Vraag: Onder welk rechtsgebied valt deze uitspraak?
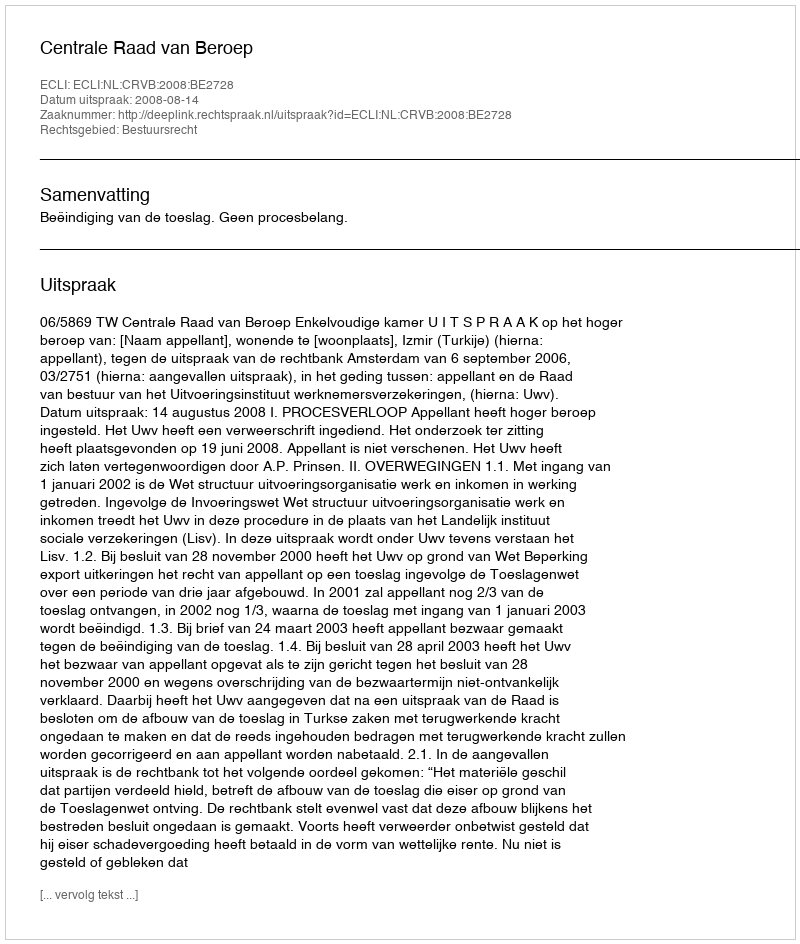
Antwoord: Bestuursrecht